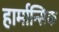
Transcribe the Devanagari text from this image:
हार्मान्सिक